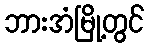
ဘားအံမြို့တွင်